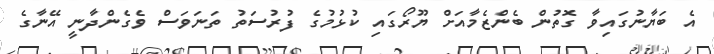
އެ ބަޔާނުގައިވާ ގޮތުން ބެންޒެމާއަށް ޔޫރޯގައި ކުޅުމުގެ ފުރުސަތު ތަނަވަސް ވެގެންދާނީ އޭނާގެ